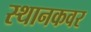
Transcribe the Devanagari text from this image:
स्थानकवर